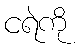
ငရဲကို